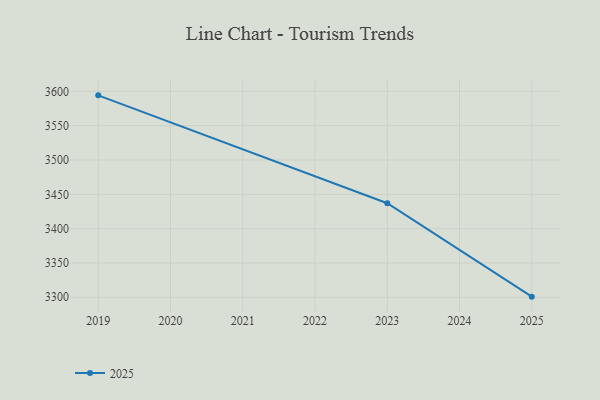
{"axis": {"x": "Year", "y": "Net Income (USD K)"}, "legend": ["2025"], "data": [{"x": "2019", "y": 3594.2, "type": "2025"}, {"x": "2023", "y": 3437.0, "type": "2025"}, {"x": "2025", "y": 3300.9, "type": "2025"}]}